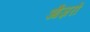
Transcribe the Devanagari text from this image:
औज़रों